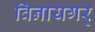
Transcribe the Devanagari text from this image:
विनायगर्